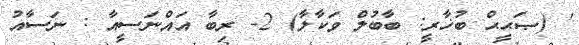
' (ޞަޙީޙް ބުޚާރީ: ބާބުލް ވަކާލާ) 2- ރިބާ އައްނަސީއާ : ނަސާއު